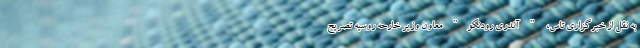
به نقل از خبرگزاری تاس، " آندری رودنکو" معاون وزیر خارحه روسیه تصریح